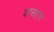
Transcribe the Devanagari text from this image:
दरसाएंगे